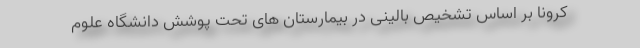
کرونا بر اساس تشخیص بالینی در بیمارستان های تحت پوشش دانشگاه علوم